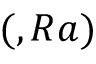
( , R a )